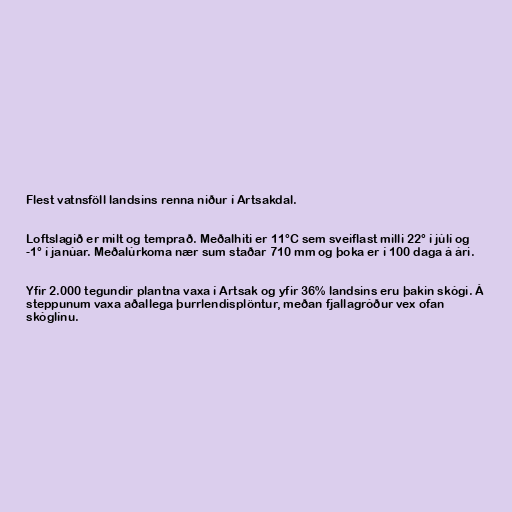
Flest vatnsföll landsins renna niður í Artsakdal.

Loftslagið er milt og temprað. Meðalhiti er 11°C sem sveiflast milli 22° í júlí og
-1° í janúar. Meðalúrkoma nær sum staðar 710 mm og þoka er í 100 daga á ári.

Yfir 2.000 tegundir plantna vaxa í Artsak og yfir 36% landsins eru þakin skógi. Á
steppunum vaxa aðallega þurrlendisplöntur, meðan fjallagróður vex ofan
skóglínu.